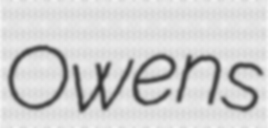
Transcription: Owens